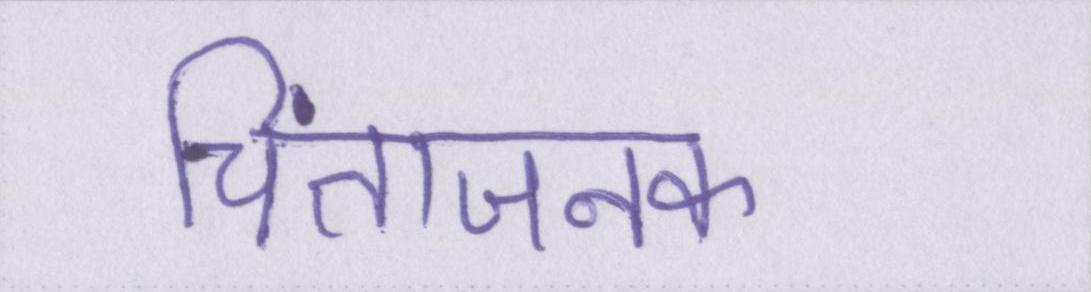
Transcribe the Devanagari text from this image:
चिंताजनक